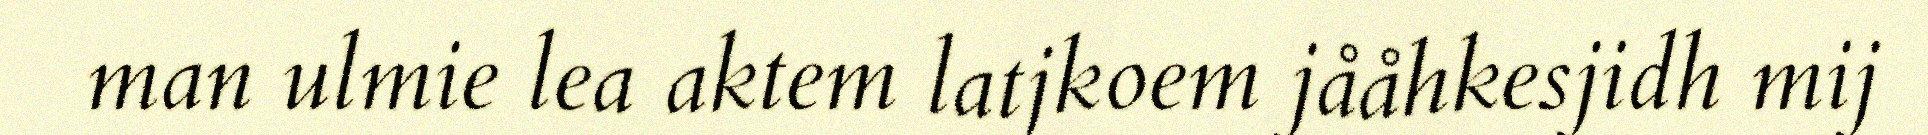
man ulmie lea aktem latjkoem jååhkesjidh mij